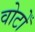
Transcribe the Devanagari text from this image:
वोटोँ